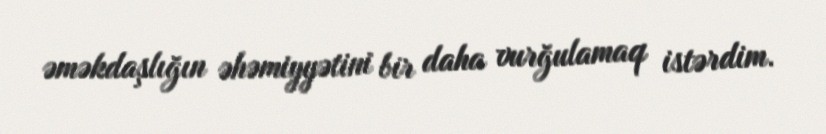
əməkdaşlığın əhəmiyyətini bir daha vurğulamaq istərdim.